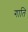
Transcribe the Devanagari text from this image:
गाति